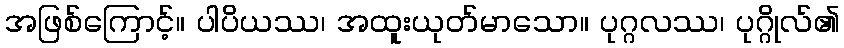
အဖြစ်ကြောင့်။ ပါပိယဿ၊ အထူးယုတ်မာသော။ ပုဂ္ဂလဿ၊ ပုဂ္ဂိုလ်၏